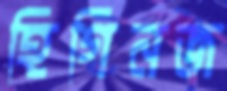
হিগিনজ